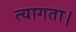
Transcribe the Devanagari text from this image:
त्‍यागता।